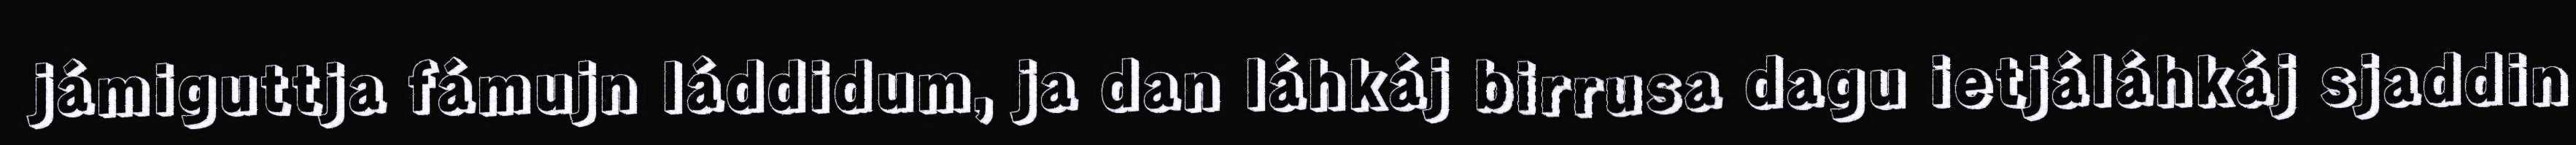
jámiguttja fámujn láddidum, ja dan láhkáj birrusa dagu ietjáláhkáj sjaddin